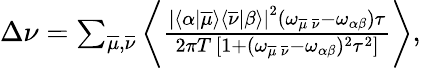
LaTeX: \begin{array}{r}{\Delta\nu=\sum_{\overline{{\mu}},\overline{{\nu}}}\left\langle\frac{\left|\langle\alpha|\overline{{\mu}}\rangle\langle\overline{{\nu}}|\beta\rangle\right|^{2}(\omega_{\overline{{\mu}}\, \overline{{\nu}}}-\omega_{\alpha\beta})\tau}{2\pi T\, [1+(\omega_{\overline{{\mu}}\, \overline{{\nu}}}-\omega_{\alpha\beta})^{2}\tau^{2}]}\right\rangle,}\end{array}